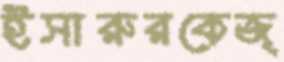
ইসারুরকেজ্